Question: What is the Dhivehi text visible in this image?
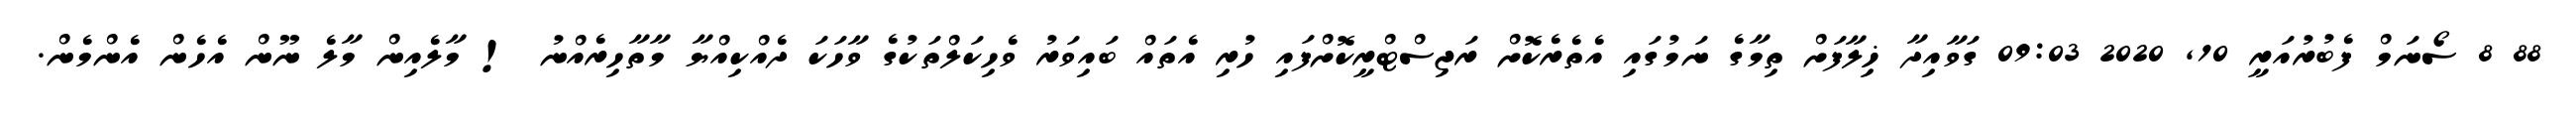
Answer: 88 8 ސޯނަމް ފެބުރުއަރީ 10, 2020 09:03 ގަވާއިދާ ޚިލާފަށް ތިމާގެ ނަމުގައި އެތެރެކޮށް ރަޖިސްޓްރީކޮށްފައި ހުރި އެތައް ބައިވަރު ވެހިކަލްތަކުގެ ވާހަކަ ދެއްކިއްޔާ މާތާހިރެއްނު ! މާލެއިން މާލެ ނޫން އެހެން އެންމެން.